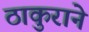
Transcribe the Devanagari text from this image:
ठाकुराने